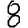
Digit: 8